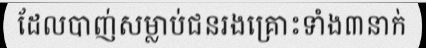
ដែលបាញ់សម្លាប់ជនរងគ្រោះទាំង៣នាក់